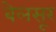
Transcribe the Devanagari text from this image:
बेलसूर